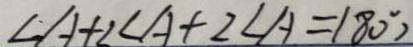
\angle A + 2 \angle A + 2 \angle A = 1 8 0 ^ { \circ } )